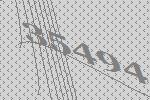
35494